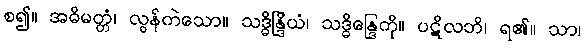
စ၍။ အဓိမတ္တံ၊ လွန်ကဲသော။ သဒ္ဓိန္ဒြိယံ၊ သဒ္ဓိန္ဒြေကို။ ပဋိလဘိ၊ ရ၏။ သာ၊